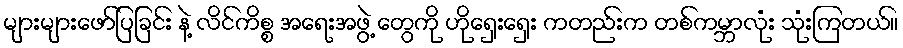
များများဖော်ပြခြင်း နဲ့ လိင်ကိစ္စ အရေးအဖွဲ့ တွေကို ဟိုရှေးရှေး ကတည်းက တစ်ကမ္ဘာလုံး သုံးကြတယ်။